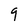
Character: 9